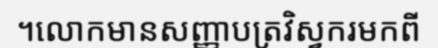
។លោកមានសញ្ញាបត្រវិស្វករមកពី